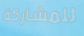
للمشاركة